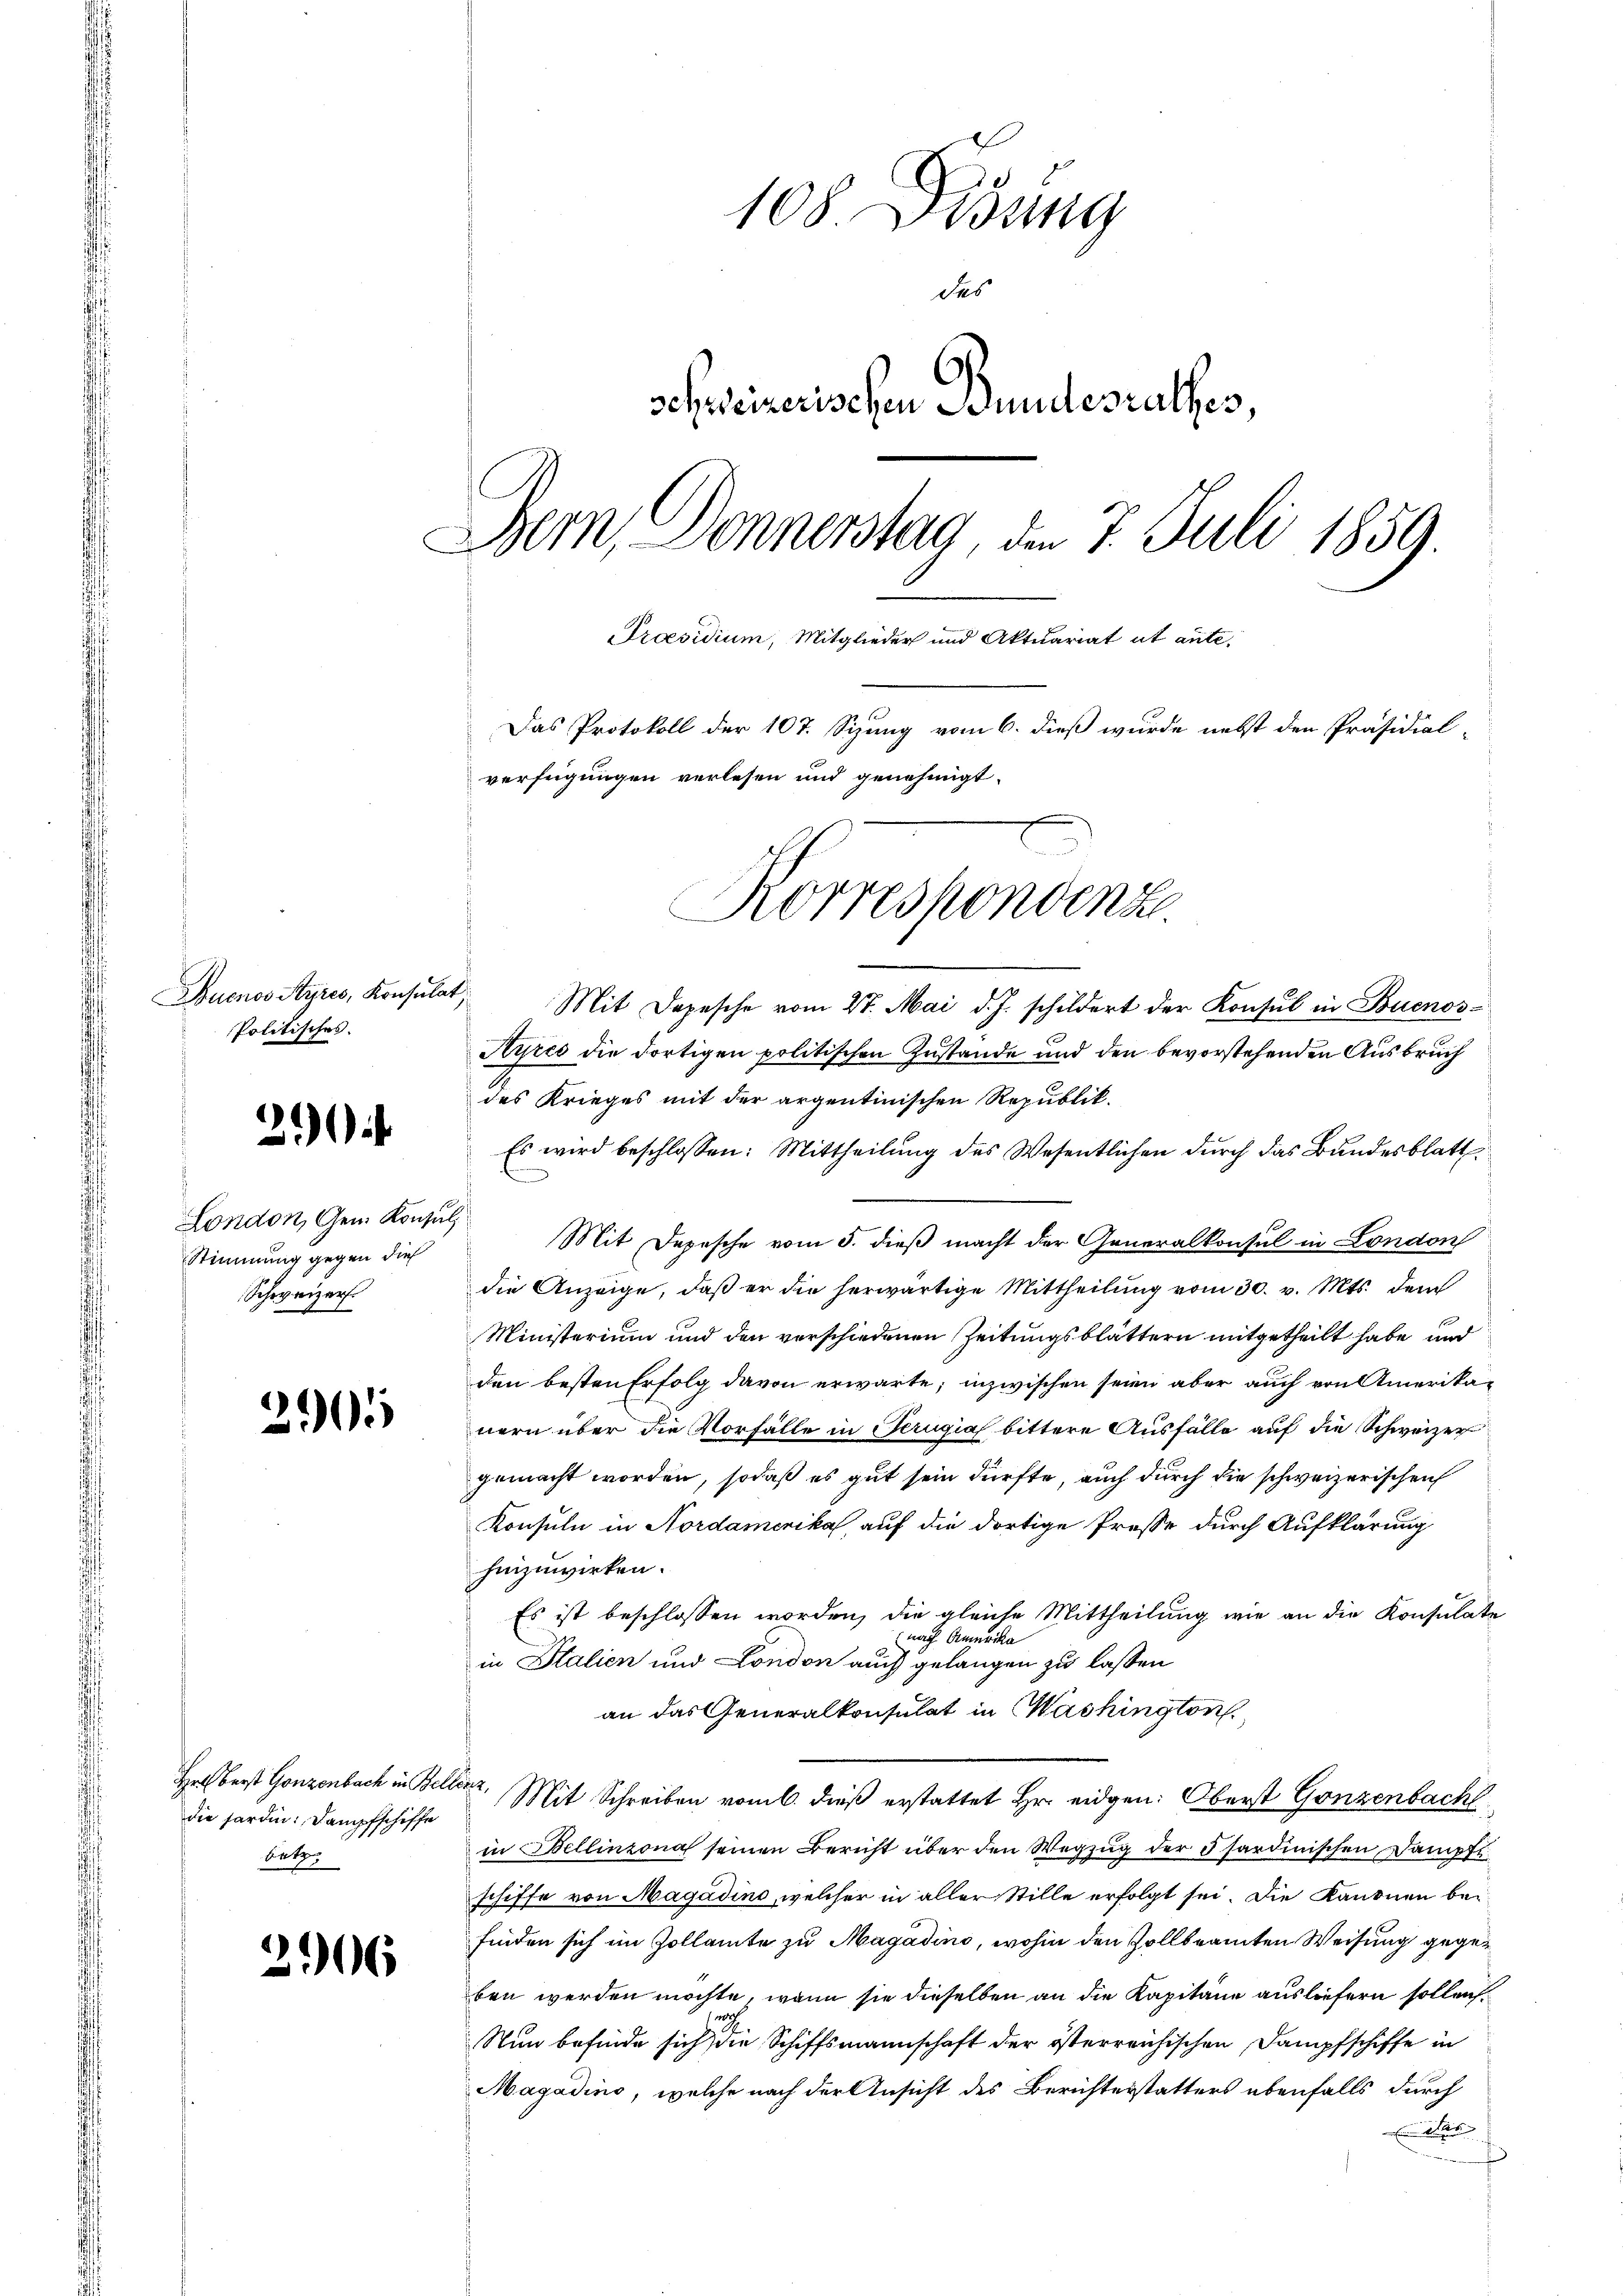
Buenos Ayres, Konsula¬
Politisches.

.
¬

London, Gem. Konsul
Stimmung gegen dies
Schweizer.

290

Hrlberst Gonzenbach in Belle
die forden: Dampfschiffe
betz.

206

108 Didung
des
.
schweizerischen Stundesrathes,
Bern, Donnerstag, den 7. Juli 1859.
Praesidium, Mitglieder und Aktuariat ut aute.
Das Protokoll der 107. Sizung vom 6. dieß wurde nebst den Präsidial-
verfügungen verlesen und genehmigt.
Korrespondenz

Mit Depesche vom 27. Mai d. J. schildert der Konsul in Buenos¬
Ayres die dortigen politischen Zustande und den bevorstehenden Ausbruch
des Krieges mit der argentinischen Republik.
Es wird beschlossen: Mittheilŭng des Wesentlichen durch das Bundesblatt
Mit Depesche vom 5. dieß macht der Generalkonsul in London
die Anzeige, daß er die herwärtige Mittheilung vom 30. v. Mts. dem
Ministerium und den verschiedenen Zeitungsblättern mitgetheilt habe, und
den besten Erfolg davon erwarte; inzwischen seien aber auch von Amerikanern über die Vorfälle in Perugia bittere Ausfälle auf die Schweizer
gemacht worden, sodaß es gut sein dürfte, auch durch die schweizerischen
Konsuln in Nordamerika, auf die dortige Prose durch Aufklärung
hinzuwirken.
Es ist beschlossen worden, die gleiche Mittheilung wie an die Konsulate
nach Amerika
in Italien und London auch gelangen zu lassen
an das Generalkonsulat in Washington
. Mit Schreiben vom 6. dieß erstattet Hr. eidgen: Oberst Gonzenbach
in Bellinzona seinen Bericht über den Wegzug der Isardinischen Dampfeschiffe von Magadino, welcher in aller Stille erfolgt sei. Die Kanonen befinden sich im Zollamte zu Magadino, wohin den Zollbeamten Weisung gegeben werden möchte, wenn sie dieselben an die Kapitane ausliefern sollen.
Nun befinde sich die Schiffsmannschaft der österreichischen Dampfschiffe in
Magadino, welche nach der Ansicht des Berichterstatters ebenfalls durch
d
a